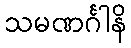
သမဏင်္ဂါနိ